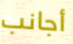
أجانب